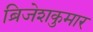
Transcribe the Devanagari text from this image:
ब्रिजेशकुमार